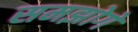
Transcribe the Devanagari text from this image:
समझोगे